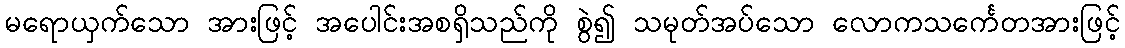
မရောယှက်သော အားဖြင့် အပေါင်းအစရှိသည်ကို စွဲ၍ သမုတ်အပ်သော လောကသင်္ကေတအားဖြင့်